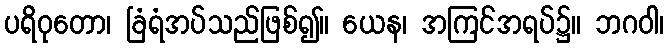
ပရိဝုတော၊ ခြံရံအပ်သည်ဖြစ်၍။ ယေန၊ အကြင်အရပ်၌။ ဘဂဝါ၊